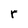
Character: r